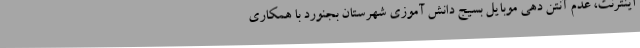
اینترنت، عدم آنتن دهی موبایل بسیج دانش آموزی شهرستان بجنورد با همکاری